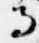
寺